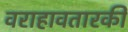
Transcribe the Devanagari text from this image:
वराहावतारकी